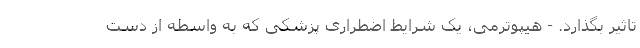
تاثیر بگذارد. - هیپوترمی، یک شرایط اضطراری پزشکی که به واسطه از دست